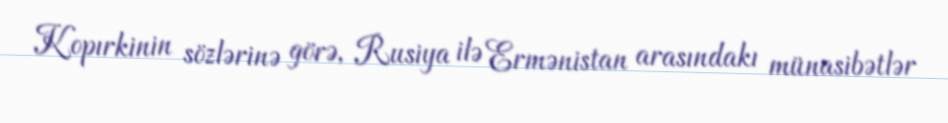
Kopırkinin sözlərinə görə, Rusiya ilə Ermənistan arasındakı münasibətlər